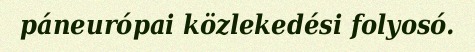
páneurópai közlekedési folyosó.